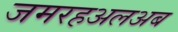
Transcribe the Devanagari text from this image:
जमरहअलअब